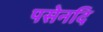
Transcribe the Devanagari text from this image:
पसेनदि